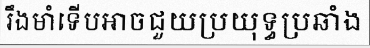
រឹងមាំទើបអាចជួយប្រយុទ្ធប្រឆាំង